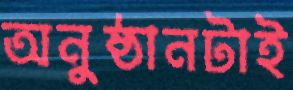
অনুষ্ঠানটাই